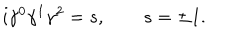
i \gamma ^ { 0 } \gamma ^ { 1 } \gamma ^ { 2 } = s , \qquad s = \pm 1 .